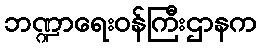
ဘဏ္ဍာရေးဝန်ကြီးဌာနက